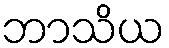
ဘာသိယ